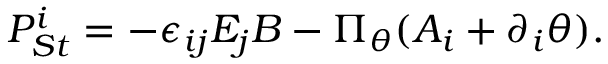
{ \cal P } _ { S t } ^ { i } = - \epsilon _ { i j } E _ { j } B - \Pi _ { \theta } ( A _ { i } + \partial _ { i } \theta ) .